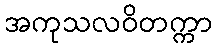
အကုသလဝိတက္ကာ